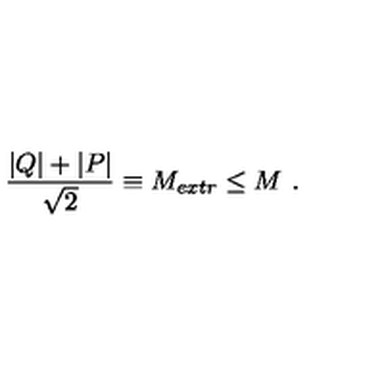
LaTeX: { \frac { | Q | + | P | } { \sqrt 2 } } \equiv M _ { e x t r } \leq M \ .